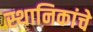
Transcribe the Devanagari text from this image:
स्थानिकांचे